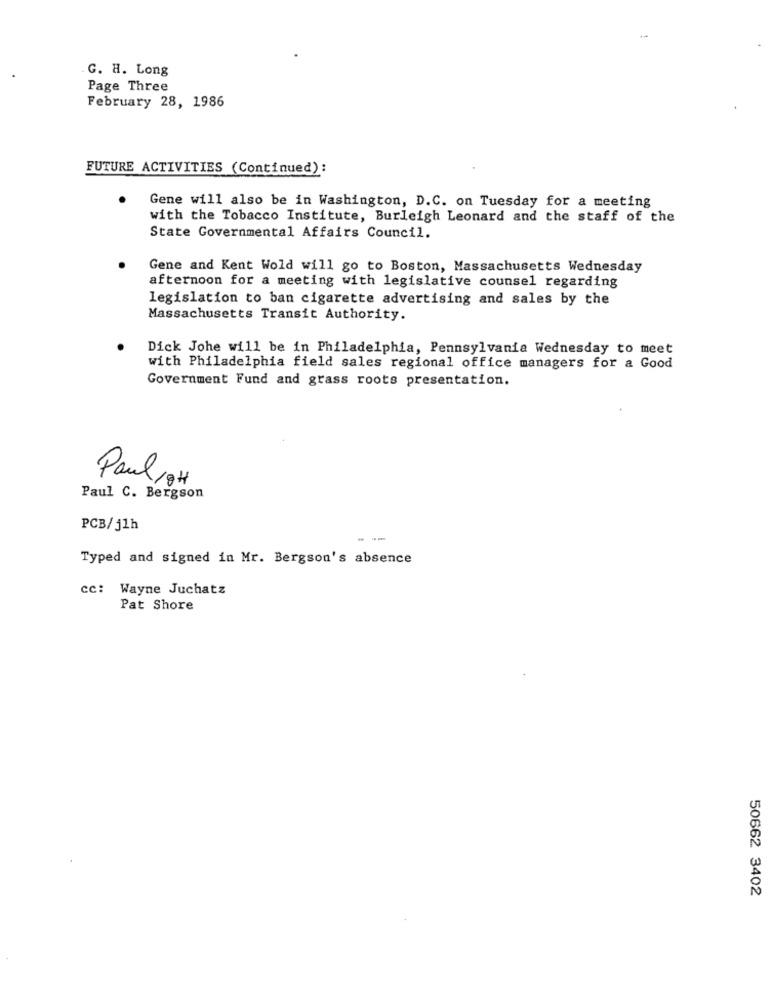
.-
G. H. Long
Page Three
February 28, 1986
FUTURE ACTIVITIES (Continued) :
Gene will also be in Washington, D.C. on Tuesday for a meeting
with the Tobacco Institute, Burleigh Leonard and the staff of the
State Governmental Affairs Council.
Gene and Kent Wold will go to Boston, Massachusetts Wednesday
afternoon for a meeting with legislative counsel regarding
legislation to ban cigarette advertising and sales by the
Massachusetts Transit Authority.
Dick Johe will be in Philadelphia, Pennsylvania Wednesday to meet
with Philadelphia field sales regional office managers for a Good
Government Fund and grass roots presentation.
Paul18H
Paul C. Bergson
PCB/j1h
Typed and signed in Mr. Bergson's absence
cc: Wayne Juchatz
Pat Shore
50662 3402